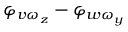
\varphi _ { v \omega _ { z } } - \varphi _ { w \omega _ { y } }